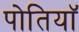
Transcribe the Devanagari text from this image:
पोतियाॅ